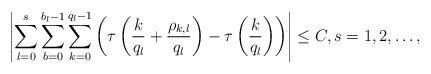
LaTeX: \begin{align*} \left| \sum_{l=0}^{s} \sum_{b=0}^{b_l-1} \sum_{k=0}^{q_l-1} \left( \tau \left( \frac{k}{q_l} + \frac{\rho_{k,l}}{q_l} \right)- \tau \left( \frac{k}{q_l}\right) \right) \right| \leq C , s=1,2, \ldots , \end{align*}